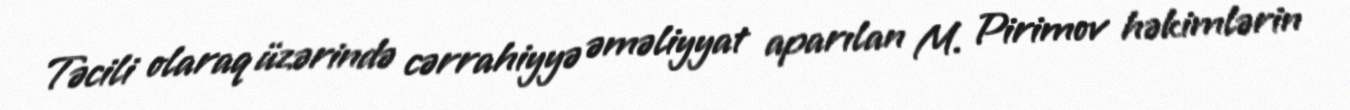
Təcili olaraq üzərində cərrahiyyə əməliyyat aparılan M. Pirimov həkimlərin